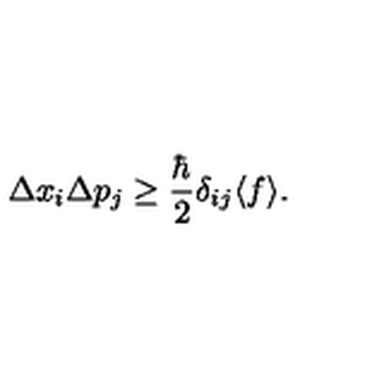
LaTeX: \Delta x _ { i } \Delta p _ { j } \ge \frac { \hbar } { 2 } \delta _ { i j } \langle f \rangle .